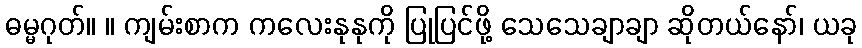
ဓမ္မဂုတ်။ ။ ကျမ်းစာက ကလေးနုနုကို ပြုပြင်ဖို့ သေသေချာချာ ဆိုတယ်နော်၊ ယခု